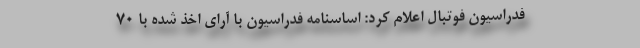
فدراسیون فوتبال اعلام کرد: اساسنامه فدراسیون با آرای اخذ شده با 70